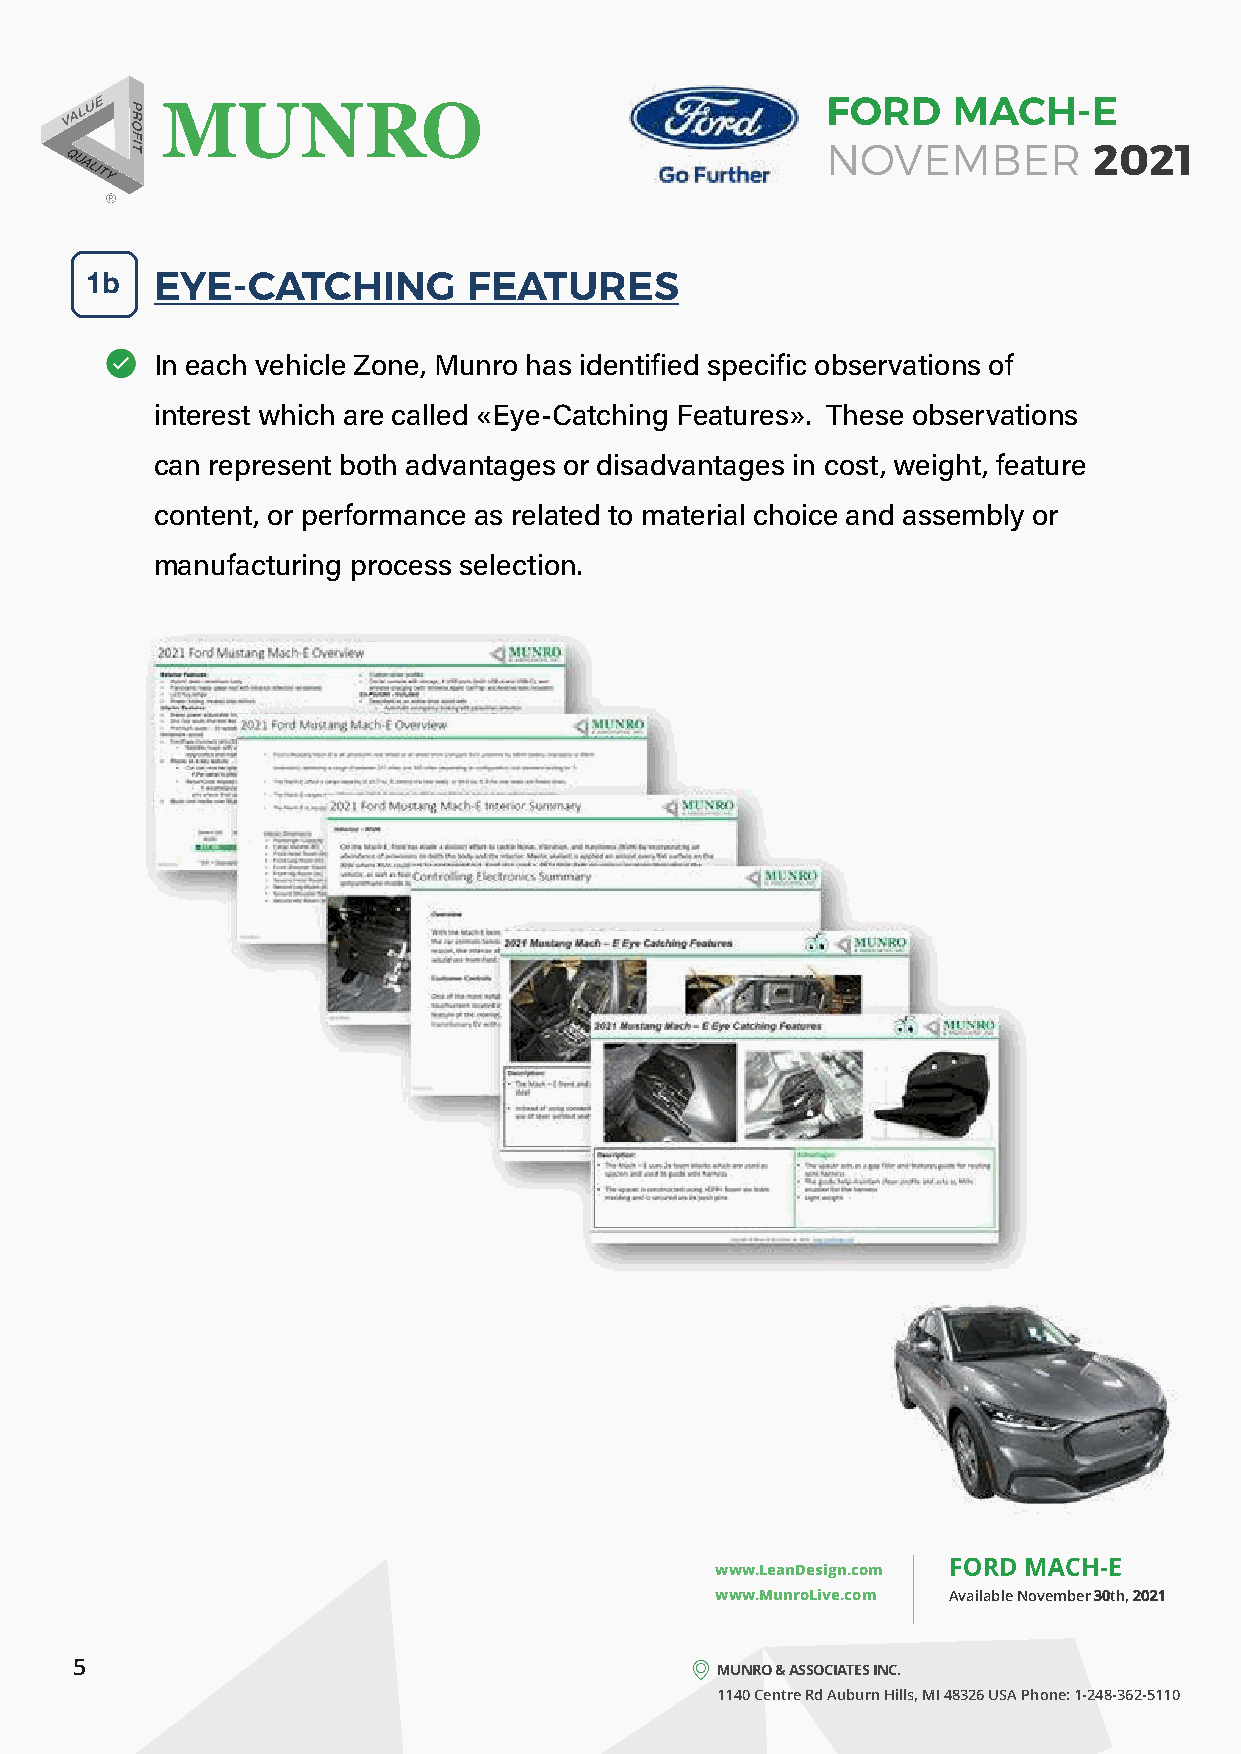
FORD    MACH-E
 NOVEMBER         2021
 1b  EYE-CATCHING         FEATURES
 In each vehicle Zone, Munro has identified specific observations of
 interest which are called «Eye-Catching Features». These observations
 can represent both advantages or disadvantages in cost, weight, feature
 content, or performance as related to material choice and assembly or
 manufacturing process selection.
 FORD MACH-E
 www.LeanDesign.com
 www.MunroLive.com Available November 30th, 2021
 5                                         MUNRO & ASSOCIATES INC.
 1140 Centre Rd Auburn Hills, MI 48326 USA Phone: 1-248-362-5110